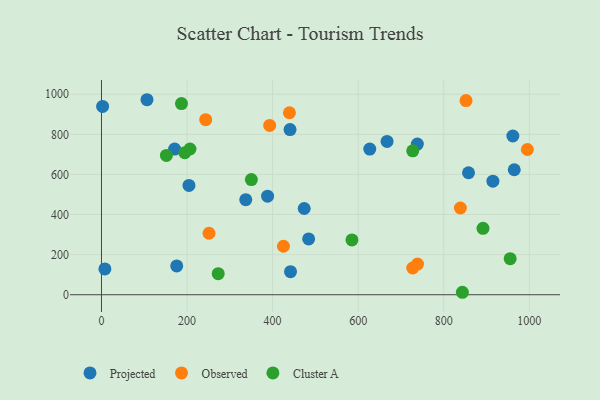
{"axis": {"x": "Investment", "y": "Salary"}, "legend": ["Cluster A", "Observed", "Projected"], "data": [{"x": "627.2", "y": 726.1, "type": "Projected"}, {"x": "915.0", "y": 566.4, "type": "Projected"}, {"x": "204.5", "y": 545.0, "type": "Projected"}, {"x": "171.0", "y": 726.5, "type": "Projected"}, {"x": "337.3", "y": 473.8, "type": "Projected"}, {"x": "858.0", "y": 608.2, "type": "Projected"}, {"x": "738.4", "y": 751.1, "type": "Projected"}, {"x": "8.0", "y": 128.6, "type": "Projected"}, {"x": "440.8", "y": 823.6, "type": "Projected"}, {"x": "964.9", "y": 623.2, "type": "Projected"}, {"x": "473.9", "y": 429.9, "type": "Projected"}, {"x": "441.9", "y": 115.1, "type": "Projected"}, {"x": "961.7", "y": 791.5, "type": "Projected"}, {"x": "175.9", "y": 143.6, "type": "Projected"}, {"x": "388.3", "y": 491.5, "type": "Projected"}, {"x": "106.4", "y": 972.4, "type": "Projected"}, {"x": "484.3", "y": 278.5, "type": "Projected"}, {"x": "2.7", "y": 938.9, "type": "Projected"}, {"x": "667.6", "y": 764.5, "type": "Projected"}, {"x": "393.2", "y": 844.2, "type": "Observed"}, {"x": "852.2", "y": 968.0, "type": "Observed"}, {"x": "243.6", "y": 873.0, "type": "Observed"}, {"x": "727.5", "y": 133.3, "type": "Observed"}, {"x": "439.4", "y": 907.5, "type": "Observed"}, {"x": "839.0", "y": 432.4, "type": "Observed"}, {"x": "251.4", "y": 306.6, "type": "Observed"}, {"x": "995.6", "y": 724.3, "type": "Observed"}, {"x": "738.8", "y": 153.0, "type": "Observed"}, {"x": "425.4", "y": 241.8, "type": "Observed"}, {"x": "187.0", "y": 953.4, "type": "Cluster A"}, {"x": "272.9", "y": 105.0, "type": "Cluster A"}, {"x": "955.4", "y": 179.7, "type": "Cluster A"}, {"x": "194.8", "y": 708.0, "type": "Cluster A"}, {"x": "727.6", "y": 717.5, "type": "Cluster A"}, {"x": "585.5", "y": 273.5, "type": "Cluster A"}, {"x": "891.9", "y": 331.3, "type": "Cluster A"}, {"x": "151.8", "y": 694.6, "type": "Cluster A"}, {"x": "350.4", "y": 574.1, "type": "Cluster A"}, {"x": "206.9", "y": 726.8, "type": "Cluster A"}, {"x": "843.7", "y": 12.3, "type": "Cluster A"}]}